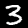
Digit: 3